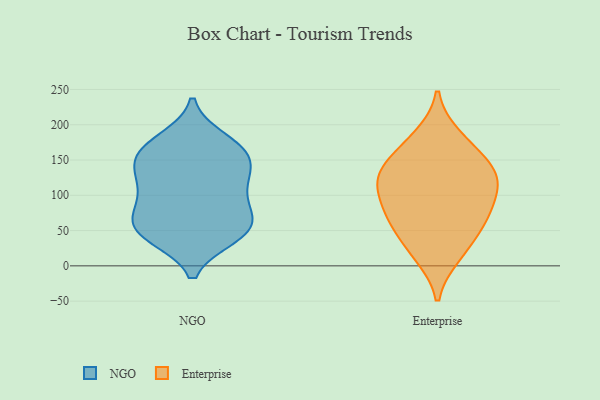
{"axis": {"x": "Operating Costs (USD K)", "y": "Value"}, "legend": ["Enterprise", "NGO"], "data": [{"x": "", "y": 72, "type": "NGO"}, {"x": "", "y": 43, "type": "NGO"}, {"x": "", "y": 111, "type": "NGO"}, {"x": "", "y": 164, "type": "NGO"}, {"x": "", "y": 137, "type": "NGO"}, {"x": "", "y": 99, "type": "NGO"}, {"x": "", "y": 179, "type": "NGO"}, {"x": "", "y": 55, "type": "NGO"}, {"x": "", "y": 54, "type": "NGO"}, {"x": "", "y": 43, "type": "NGO"}, {"x": "", "y": 68, "type": "NGO"}, {"x": "", "y": 128, "type": "NGO"}, {"x": "", "y": 89, "type": "NGO"}, {"x": "", "y": 157, "type": "NGO"}, {"x": "", "y": 172, "type": "NGO"}, {"x": "", "y": 41, "type": "NGO"}, {"x": "", "y": 131, "type": "NGO"}, {"x": "", "y": 157, "type": "NGO"}, {"x": "", "y": 139, "type": "Enterprise"}, {"x": "", "y": 73, "type": "Enterprise"}, {"x": "", "y": 183, "type": "Enterprise"}, {"x": "", "y": 15, "type": "Enterprise"}, {"x": "", "y": 139, "type": "Enterprise"}, {"x": "", "y": 171, "type": "Enterprise"}, {"x": "", "y": 23, "type": "Enterprise"}, {"x": "", "y": 131, "type": "Enterprise"}, {"x": "", "y": 60, "type": "Enterprise"}, {"x": "", "y": 80, "type": "Enterprise"}, {"x": "", "y": 107, "type": "Enterprise"}, {"x": "", "y": 123, "type": "Enterprise"}, {"x": "", "y": 60, "type": "Enterprise"}, {"x": "", "y": 110, "type": "Enterprise"}]}